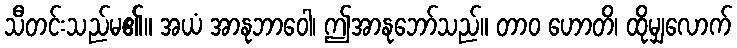
သီတင်းသည်မ၏။ အယံ အာနုဘာဝေါ၊ ဤအာနုဘော်သည်။ တာဝ ဟောတိ၊ ထိုမျှလောက်